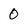
Character: 0